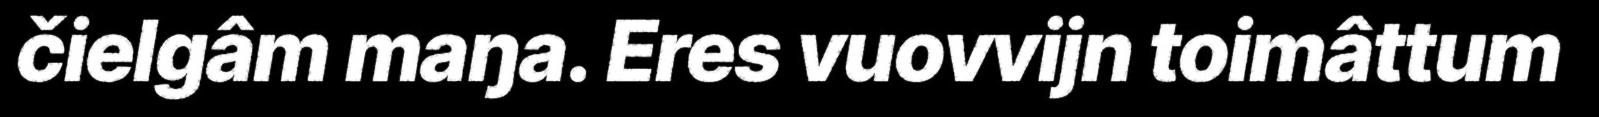
čielgâm maŋa. Eres vuovvijn toimâttum